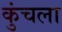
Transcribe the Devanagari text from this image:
कुंचला